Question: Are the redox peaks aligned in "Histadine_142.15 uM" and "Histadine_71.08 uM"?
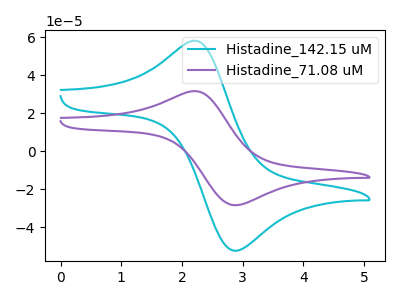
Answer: <think>The cyan curve "Histadine_142.15 uM" has an anodic peak at (2.25V, 57.80uA) and a cathodic peak at (2.85V, -52.45uA). The purple curve "Histadine_71.08 uM" has an anodic peak at (2.25V, 31.40uA) and a cathodic peak at (2.85V, -28.50uA).</think>
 <answer>Yes, "Histadine_142.15 uM" have a peak in "Histadine_71.08 uM" at the same potential.</answer>
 <eval>match</eval>